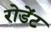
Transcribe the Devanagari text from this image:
रोडेंट